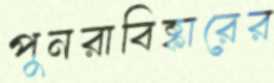
পুনরাবিষ্কারের